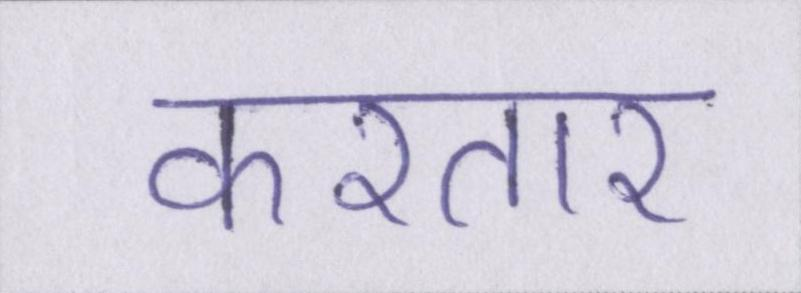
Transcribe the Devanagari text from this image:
करतार